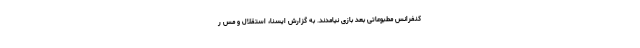
کنفرانس مطبوعاتی بعد بازی نیامدند. به گزارش ایسنا، استقلال و مس ر